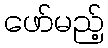
ဖော်မည့်